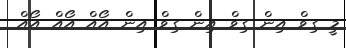
މީ ގިވް އިން ގިވް އިން ގިވް އިން އޯއް އޯއް އޯއް